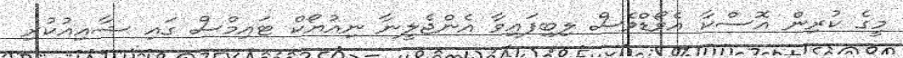
މީގެ ކުރިން އޮސްކާ އެވޯޑްވެސް ލިބިފައިވާ އެންޖެލީނާ ނިއުޔޯކް ޓައިމްސް ގައި ޝާއިއުކުރި